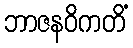
ဘာဇနဝိကတိံ